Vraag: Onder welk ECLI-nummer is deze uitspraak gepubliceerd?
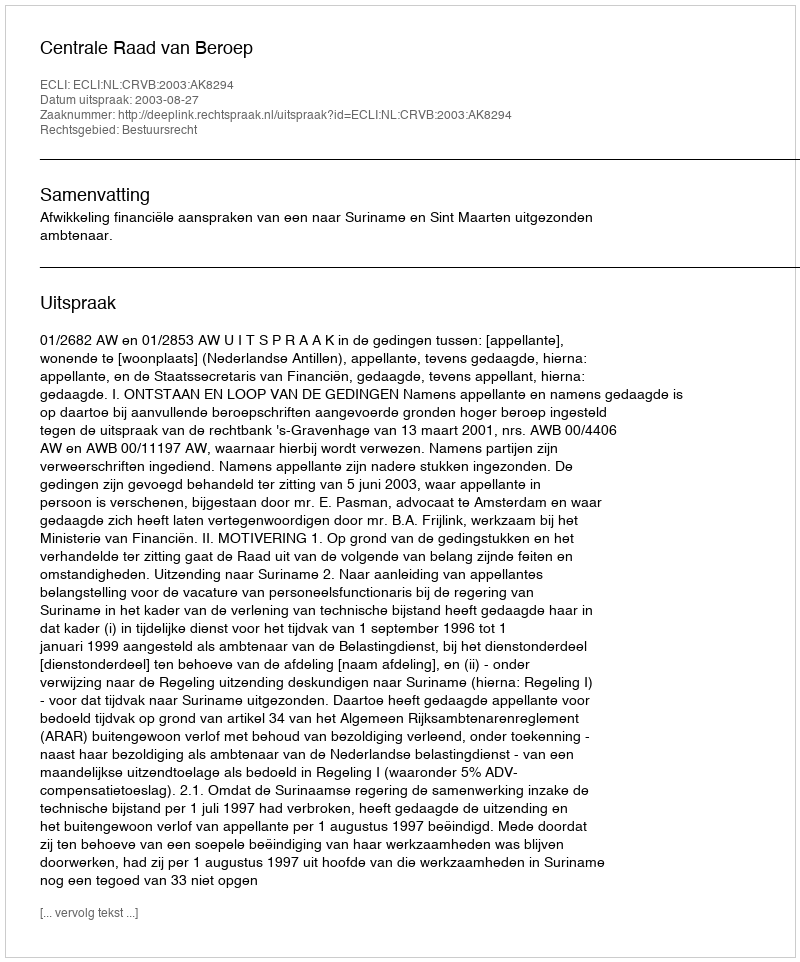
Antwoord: ECLI:NL:CRVB:2003:AK8294